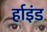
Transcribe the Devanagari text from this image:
र्हाइंड